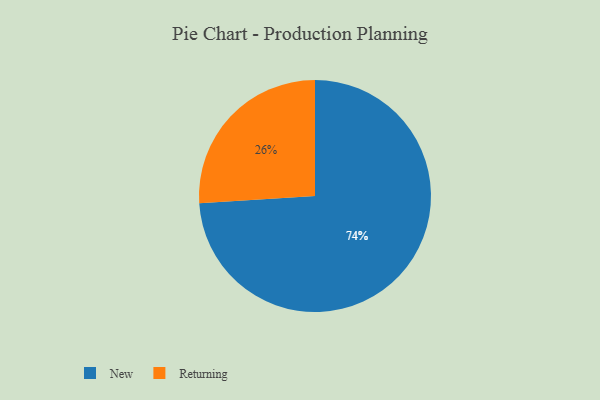
{"axis": {"x": "Category", "y": "Percentage"}, "legend": ["New", "Returning"], "data": [{"x": "Returning", "y": 26, "type": "Returning"}, {"x": "New", "y": 74, "type": "New"}]}